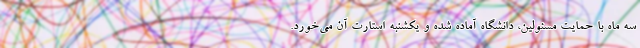
سه ماه با حمایت مسئولین، دانشگاه آماده شده و یکشنبه استارت آن می‌خورد.